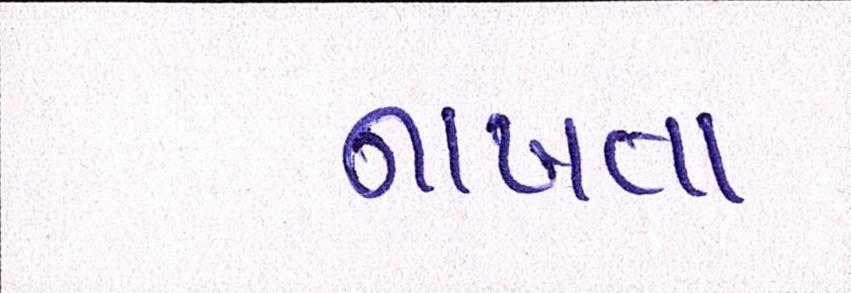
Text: નાખતા